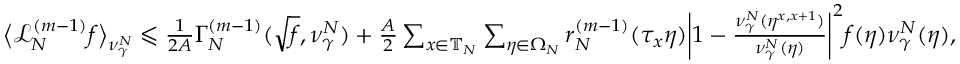
\begin{array} { r } { \big \langle \mathcal { L } _ { N } ^ { ( m - 1 ) } f \big \rangle _ { \nu _ { \gamma } ^ { N } } \leqslant \frac { 1 } { 2 A } \Gamma _ { N } ^ { ( m - 1 ) } ( \sqrt { f } , \nu _ { \gamma } ^ { N } ) + \frac { A } { 2 } \sum _ { x \in \mathbb { T } _ { N } } \sum _ { \eta \in \Omega _ { N } } r _ { N } ^ { ( m - 1 ) } ( \tau _ { x } \eta ) \bigg | 1 - \frac { \nu _ { \gamma } ^ { N } ( \eta ^ { x , x + 1 } ) } { \nu _ { \gamma } ^ { N } ( \eta ) } \bigg | ^ { 2 } f ( \eta ) \nu _ { \gamma } ^ { N } ( \eta ) , } \end{array}